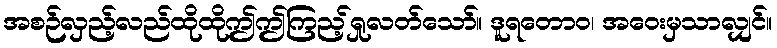
အစဉ်လှည့်လည်ထိုထိုဤဤကြည့်ရှုလတ်သော်။ ဒူရတောဝ၊ အဝေးမှသာလျှင်။